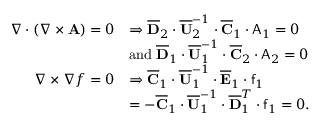
\begin{array} { r l } { \nabla \cdot ( \nabla \times \mathbf { A } ) = 0 } & { \Rightarrow \overline { { \mathbf { D } } } _ { 2 } \cdot \overline { { \mathbf { U } } } _ { 2 } ^ { - 1 } \cdot \overline { { \mathbf { C } } } _ { 1 } \cdot \mathsf { A } _ { 1 } = 0 } \\ & { \mathrm { a n d } \; \overline { { \mathbf { D } } } _ { 1 } \cdot \overline { { \mathbf { U } } } _ { 1 } ^ { - 1 } \cdot \overline { { \mathbf { C } } } _ { 2 } \cdot \mathsf { A } _ { 2 } = 0 } \\ { \nabla \times \nabla f = 0 } & { \Rightarrow \overline { { \mathbf { C } } } _ { 1 } \cdot \overline { { \mathbf { U } } } _ { 1 } ^ { - 1 } \cdot \overline { { \mathbf { E } } } _ { 1 } \cdot \mathsf { f } _ { 1 } } \\ & { = - \overline { { \mathbf { C } } } _ { 1 } \cdot \overline { { \mathbf { U } } } _ { 1 } ^ { - 1 } \cdot \overline { { \mathbf { D } } } _ { 1 } ^ { T } \cdot \mathsf { f } _ { 1 } = 0 . } \end{array}